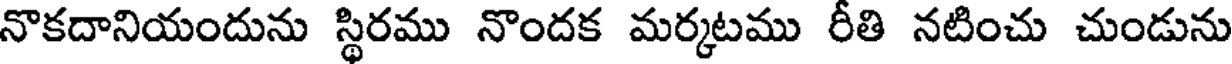
నొకదానియందును స్థిరము నొందక మర్కటము రీతి నటించు చుండును